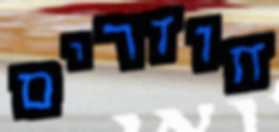
חוזרים